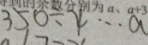
3 5 0 \div 4 \cdots a